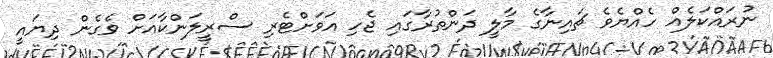
ނުރައްކަލެއް ހެއްޔެވެ ޗައިނާގެ މާލީ ދަންތުރާގައި ޖެހި އަވަށްޓެރި ސްރީލަންކާއަށް ވެގެން ދިޔައީ